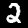
Label: 2